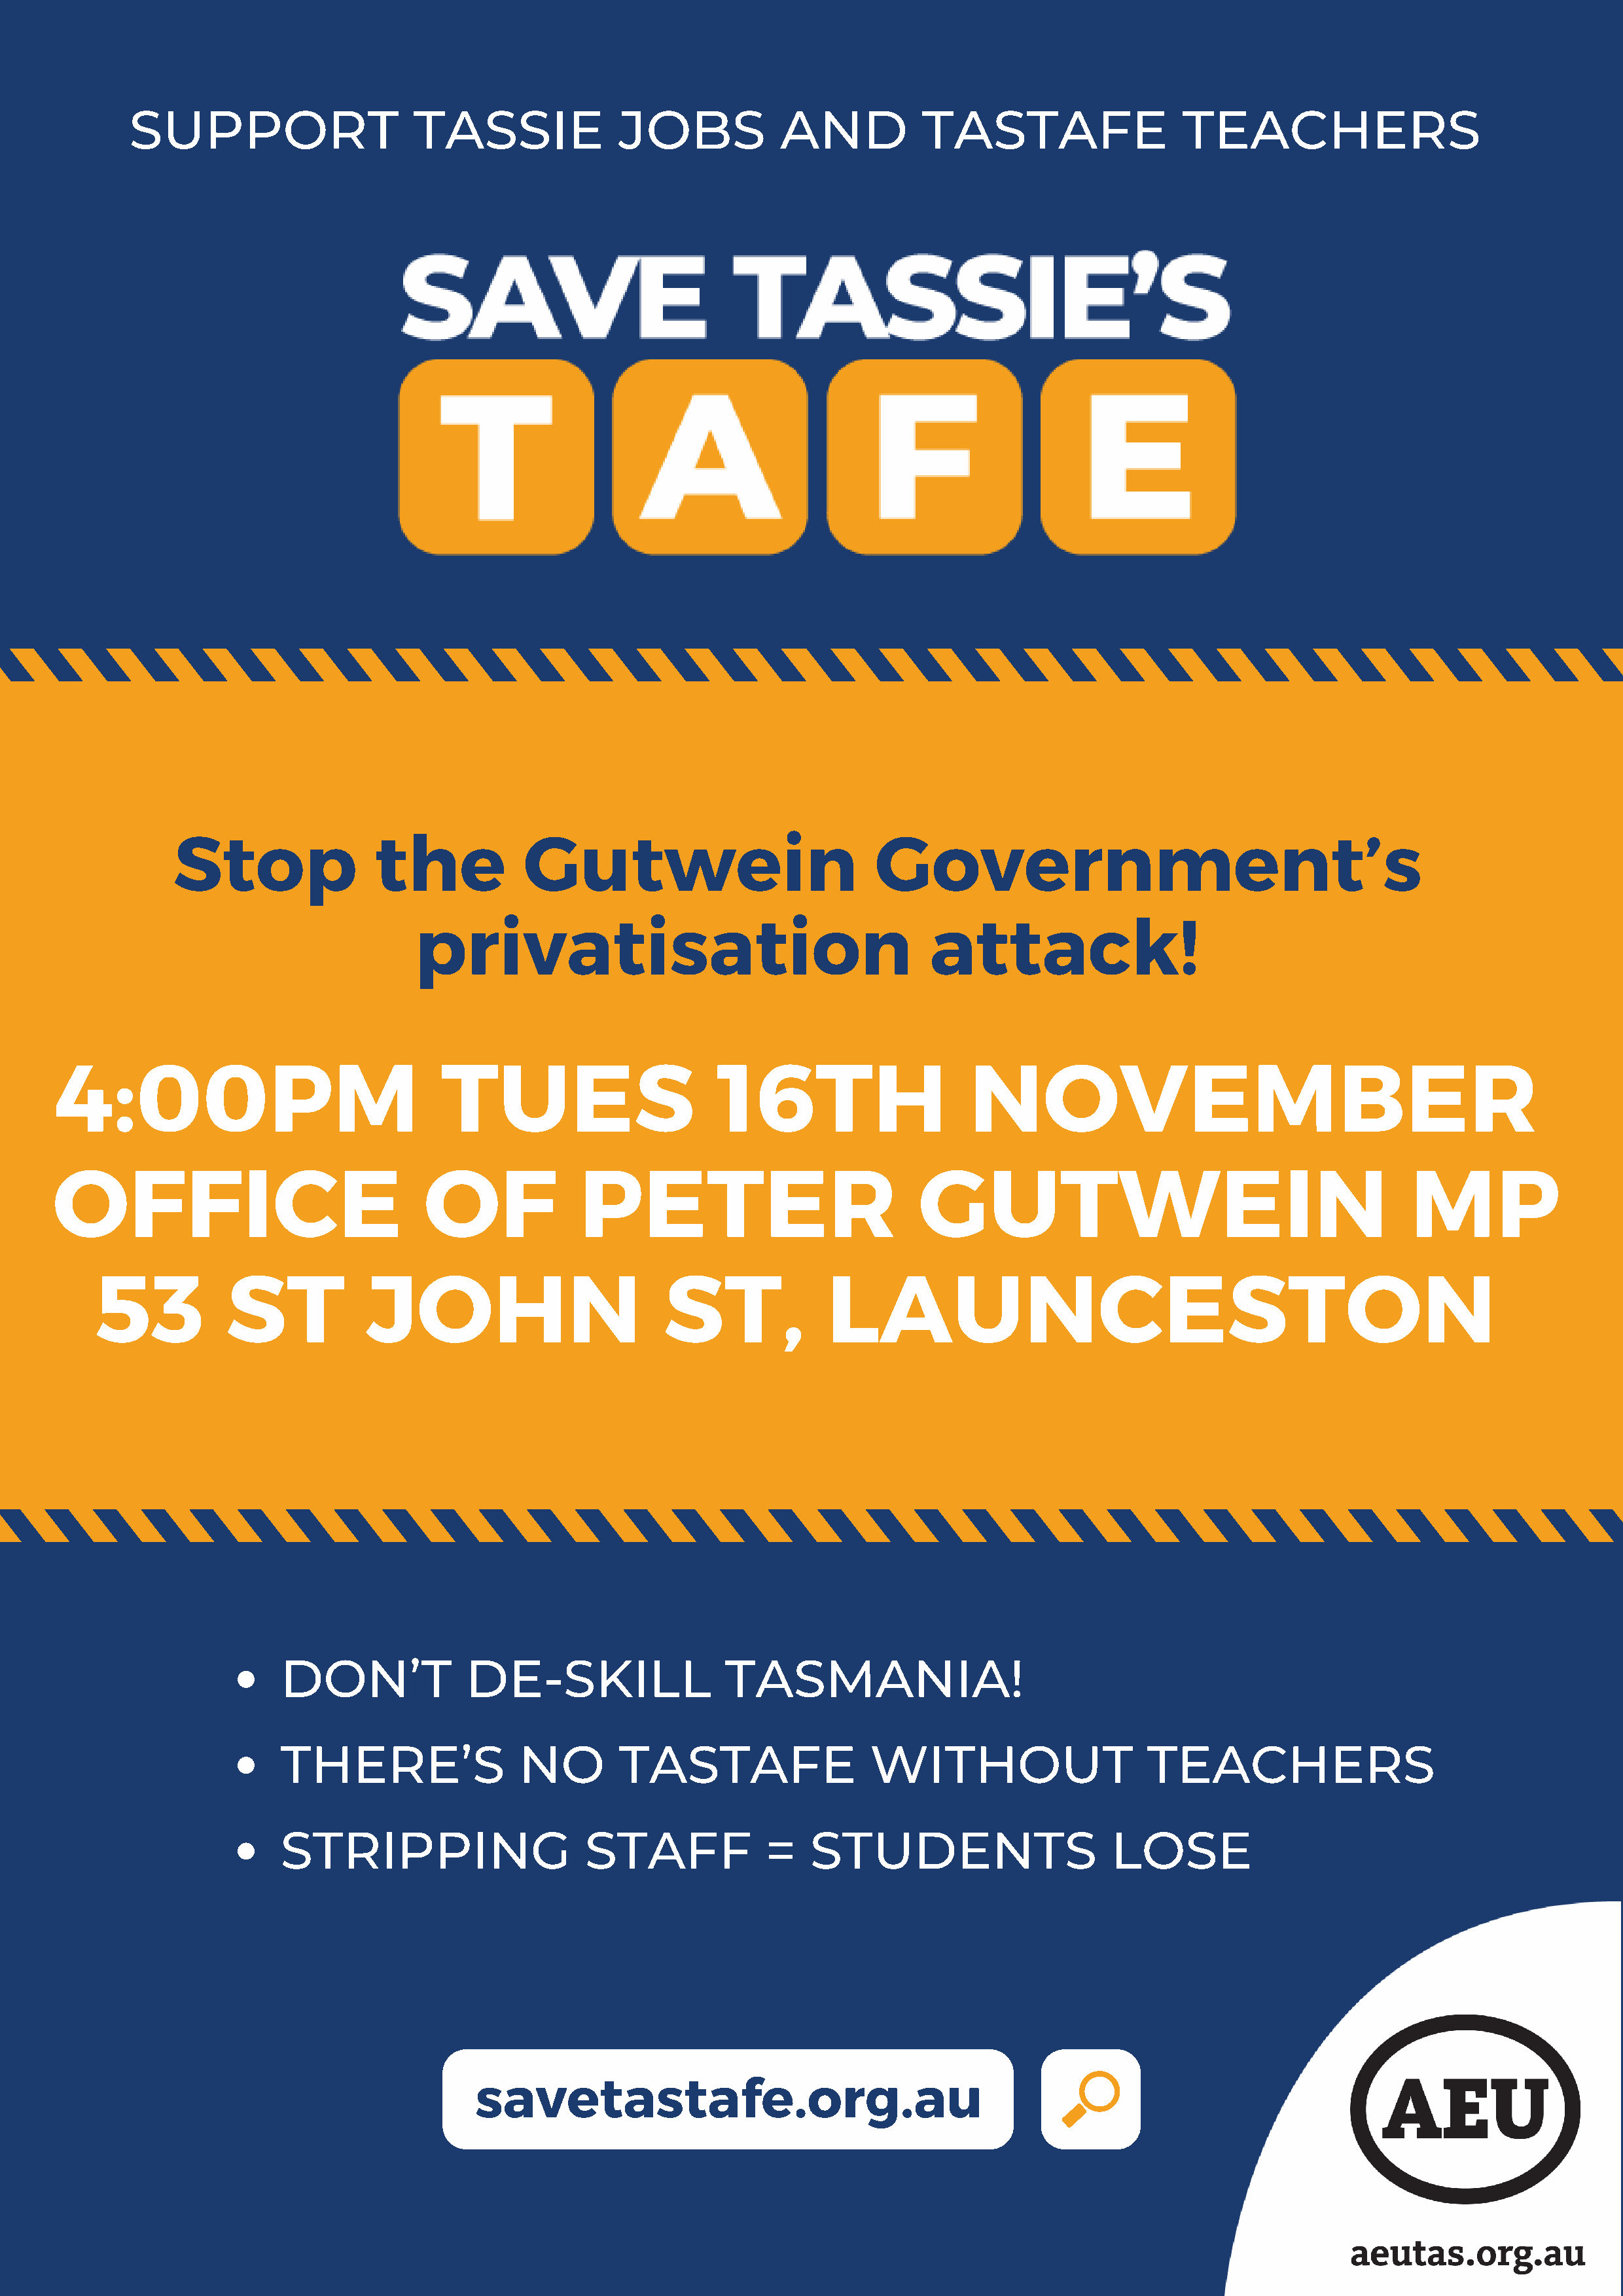
SUPPORT                      TASSIE               JOBS            AND           TASTAFE                    TEACHERS
 Stop                the            Gutwein                             Government’s
 privatisation                                       attack!
 4:00PM                                  TUES                        16TH                     NOVEMBER
 OFFICE                                OF              PETER                             GUTWEIN                                           MP
 53           ST            JOHN                          ST,              LAUNCESTON
 DON’T              DE-SKILL                  TASMANIA!
 THERE’S                 NO         TASTAFE                  WITHOUT                     TEACHERS
 STRIPPING                      STAFF             =    STUDENTS                      LOSE
 savetastafe.org.au